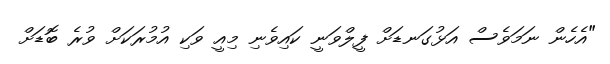
"އެހެން ނަމަވެސް އަޅުގަނޑަށް ފީލްވަނީ ކައިވެނި މިއީ ވަކި އުމުރަކަށް ވުރެ ބޮޑަށް